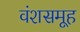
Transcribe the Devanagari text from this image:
वंशसमूह